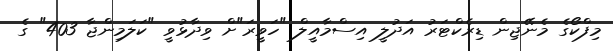
މިފްކޯގެ މެނޭޖިން ޑިރެކްޓަރު އަދުލީ އިސްމާއީލް "ހަވީރަ"ށް ވިދާޅުވީ "ކަލަމިންޖާ 403" ގެ